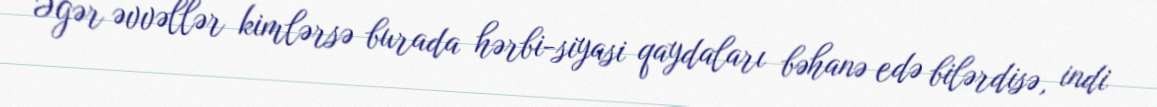
Əgər əvvəllər kimlərsə burada hərbi-siyasi qaydaları bəhanə edə bilərdisə, indi